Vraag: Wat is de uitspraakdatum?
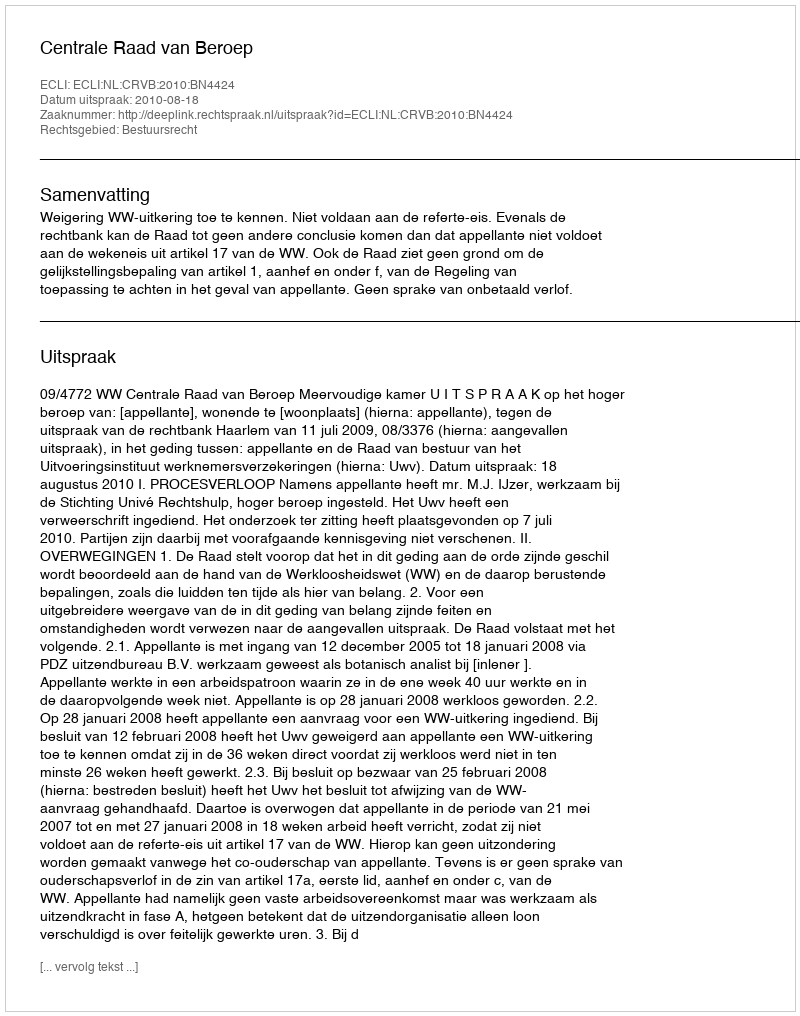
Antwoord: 2010-08-18